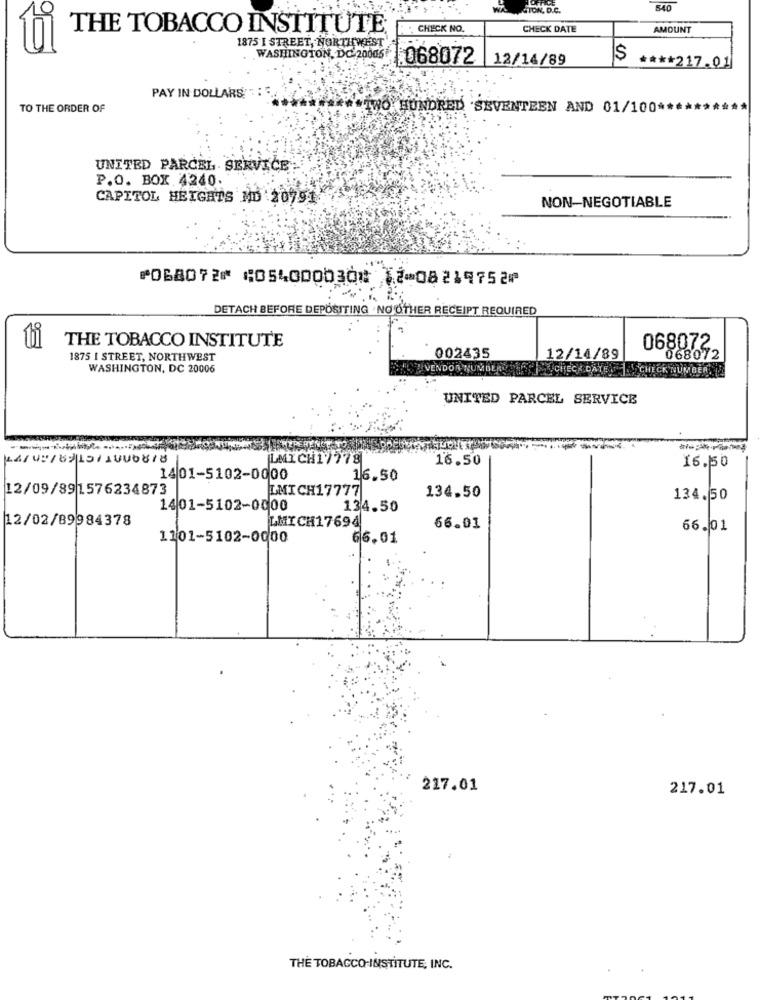
STON, D.C.
540
THE TOBACCO INSTITUTE
: . CHECK NO.
CHECK DATE
AMOUNT
1875 I STREET, NORTHWEST
WASHINGTON, DC-20006 068072 12/14/89
$
**** 217.01
PAY IN DOLLARS"
TO THE ORDER OF
TWO HUNDRED 'SEVENTEEN AND 01/100 **
UNITED PARCEL SERVICE
P.O. BOX 4240.
CAPITOL HEIGHTS MD 20791
NON-NEGOTIABLE
⑈068072⑈ ⑆054000030⑆ 12⑉08219752⑈
DETACH BEFORE DEPOSITING . NO OTHER RECEIPT REQUIRED
THE TOBACCO INSTITUTE
068072.
1875 I STREET, NORTHWEST
002435
12/14/89
068072
WASHINGTON, DC 20006
VENDOR NUMBERVERFOLGTCHECK DATE _ CHECK NUMBER.
UNITED PARCEL SERVICE
LMICH17778
16.50
16.50
1401-5102-0000
16.50
12/09/891576234873
LMICH17777
134.50
134.50
1401-5102-0000
134.50
12/02/89984378
LMICH17694
66.01
66.01
1101-5102-0000
66.01
217.01
217.01
THE TOBACCO-INSTITUTE, INC.